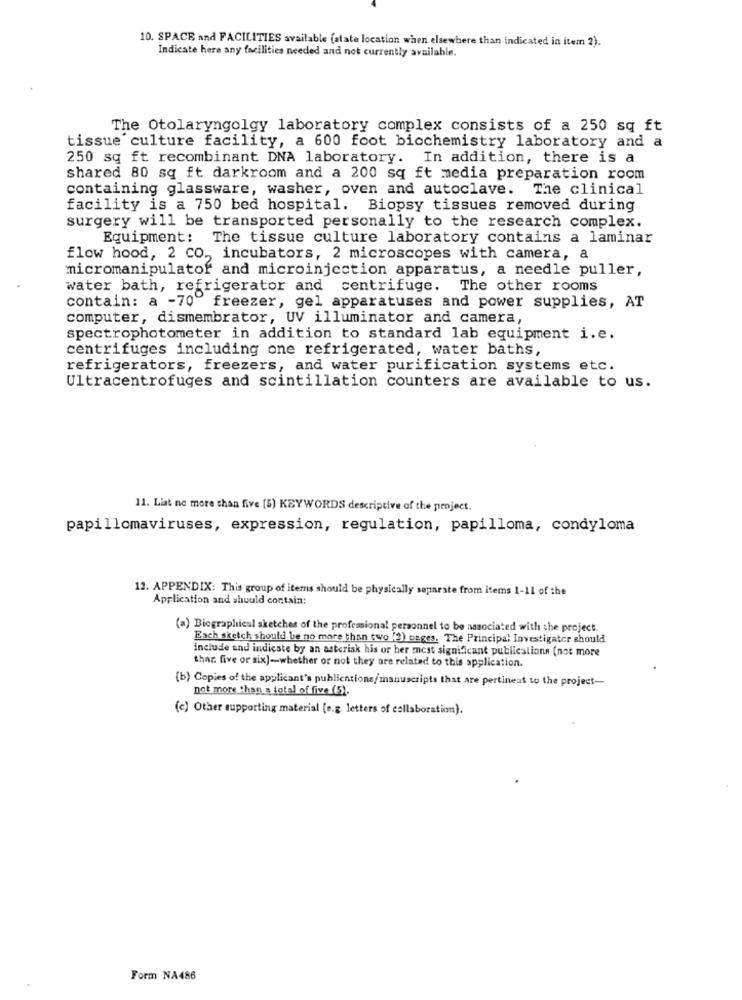
10. SPACE and FACILITIES available (atate location when elsewhere than indicated in item 2).
Indicate here any facilities needed and not currently available.
The Otolaryngolgy laboratory complex consists of a 250 sq ft
tissue culture facility, a 600 foot biochemistry laboratory and a
250 sq ft recombinant DNA laboratory. In addition, there is a
shared 80 sq ft darkroom and a 200 sq ft media preparation room
containing glassware, washer, oven and autoclave. The clinical
facility is a 750 bed hospital. Biopsy tissues removed during
surgery will be transported personally to the research complex.
Equipment:
The tissue culture laboratory contains a laminar
flow hood, 2 CO ,, incubators, 2 microscopes with camera, a
micromanipulator and microinjection apparatus, a needle puller,
water bath, refrigerator and centrifuge. The other rooms
contain: a -70" freezer, gel apparatuses and power supplies, AT
computer, dismembrator, UV illuminator and camera,
spectrophotometer in addition to standard lab equipment i.e.
centrifuges including one refrigerated, water baths,
refrigerators, freezers, and water purification systems etc.
Ultracentrofuges and scintillation counters are available to us.
11. List no more than five (5) KEYWORDS descriptive of the project.
papillomaviruses, expression, regulation, papilloma, condyloma
12. APPENDIX: This group of items should be physically separate from items 1-11 of the
Application and should contain:
(a) Biographical sketches of the professional personnel to be nasociated with the project.
Each sketch should be no more than two (2) pages. The Principal Investigator should
include and indicate by an asterisk his or her most significant publications (not more
thar five or six]-whether or not they are related to this application.
(b) Copies of the applicant's publications/manuscripts that are pertineat to the project-
not more than a total of five (5).
(e) Other supporting material [e.g. letters of collaboration).
Form NA486